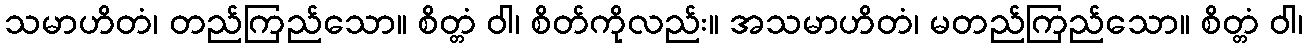
သမာဟိတံ၊ တည်ကြည်သော။ စိတ္တံ ဝါ၊ စိတ်ကိုလည်း။ အသမာဟိတံ၊ မတည်ကြည်သော။ စိတ္တံ ဝါ၊